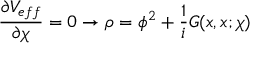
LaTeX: \frac { \partial V _ { e f f } } { \partial \chi } = 0 \rightarrow \rho = \phi ^ { 2 } + \frac { 1 } { i } { \cal G } ( x , x ; \chi )